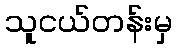
သူငယ်တန်းမှ